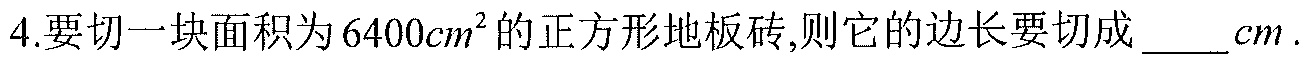
4.要切一块面积为\(6400cm^{2}\)的正方形地板砖,则它的边长要切成 \_\_\_ \(cm\).